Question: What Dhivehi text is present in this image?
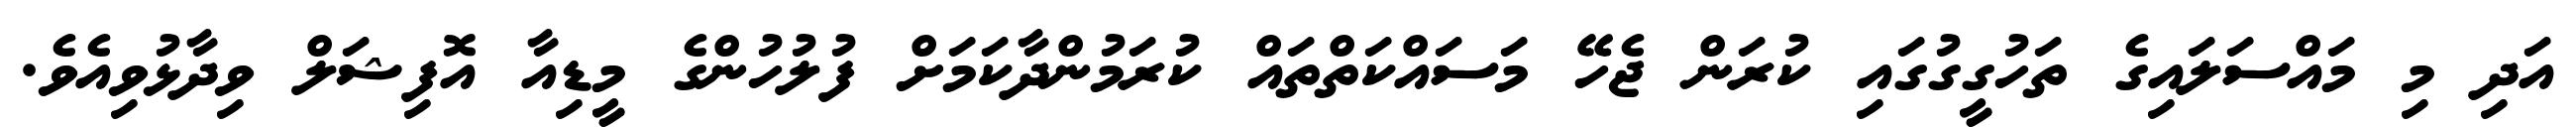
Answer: އަދި މި މައްސަލައިގެ ތަހުގީގުގައި ކުރަން ޖެހޭ މަސައްކަތްތައް ކުރަމުންދާކަމަށް ފުލުހުންގެ މީޑިއާ އޮފިޝަލް ވިދާޅުވިއެވެ.